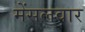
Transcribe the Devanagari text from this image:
मेंसलवार